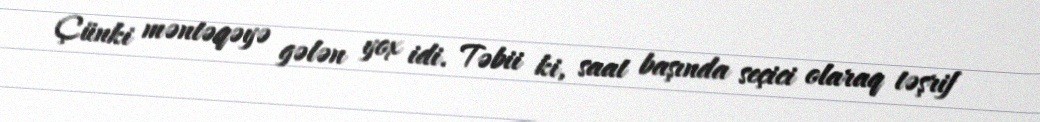
Çünki məntəqəyə gələn yox idi. Təbii ki, saat başında seçici olaraq təşrif